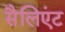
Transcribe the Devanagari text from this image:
सैलिएंट